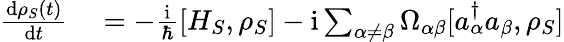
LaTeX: \begin{array}{rl}{\frac{\mathrm{d}\rho_{S}(t)}{\mathrm{d}t}}&{{}=-\frac{\mathrm{i}}{\hbar}[H_{S},\rho_{S}]-\mathrm{i}\sum_{\alpha\neq\beta}\Omega_{\alpha\beta}[a_{\alpha}^{\dagger}a_{\beta},\rho_{S}]}\end{array}